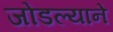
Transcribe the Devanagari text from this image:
जोडल्याने